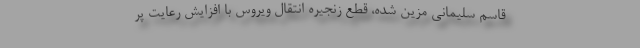
قاسم سلیمانی مزین شده، قطع زنجیره انتقال ویروس با افزایش رعایت پر